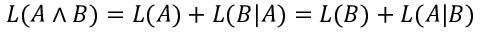
L ( A \land B ) = L ( A ) + L ( B | A ) = L ( B ) + L ( A | B )